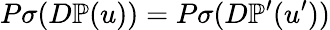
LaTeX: P\sigma(D\mathbb{P}(u))=P\sigma(D\mathbb{P}^{\prime}(u^{\prime}))